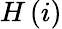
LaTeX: H\, (i)